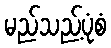
မည်သည့်ပုံစံ